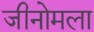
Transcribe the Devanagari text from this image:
जीनोमला